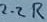
Text: 2.2R